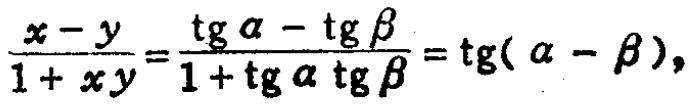
\(\frac{x - y}{1 + xy}=\frac{\operatorname{tg}\alpha-\operatorname{tg}\beta}{1 + \operatorname{tg}\alpha\operatorname{tg}\beta}=\operatorname{tg}(\alpha - \beta),\)